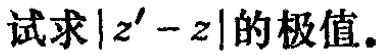
试求\(\vert z' - z\vert\)的极值。